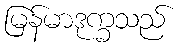
မြန်မာဒုက္ခသည်